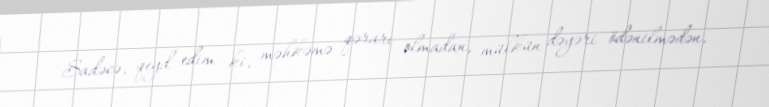
Sadəcə, qeyd edim ki, məhkəmə qərarı olmadan, mülkün dəyəri ödənilmədən,